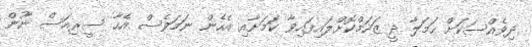
ދިވެއްސަކަށް ހަމަލާ ދީ ޒަހަމްކޮށްލައިފައިވާ ކަމަށާއި އެހެން ނަމަވެސް އެހާ ސީރިއަސް ނޫން